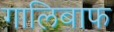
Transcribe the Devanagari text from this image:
गालिबाफ